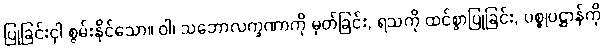
ပြုခြင်းငှါ စွမ်းနိုင်သော။ ဝါ၊ သဘောလက္ခဏာကို မှတ်ခြင်း, ရသကို ထင်စွာပြုခြင်း, ပစ္စုပဋ္ဌာန်ကို